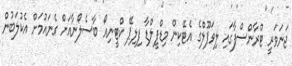
ޖަނަވަރީ ޓްރާންސްފާގައި ލިވަޕޫލްގެ އެޓޭކިން މިޑްފީލްޑާ ފިލިޕޭ ކްޓީނިއޯ ބާސެލޯނާއަށް ގެނައުމަށް އެކުލަބުން